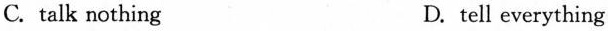
C. talk nothing D. tell everything